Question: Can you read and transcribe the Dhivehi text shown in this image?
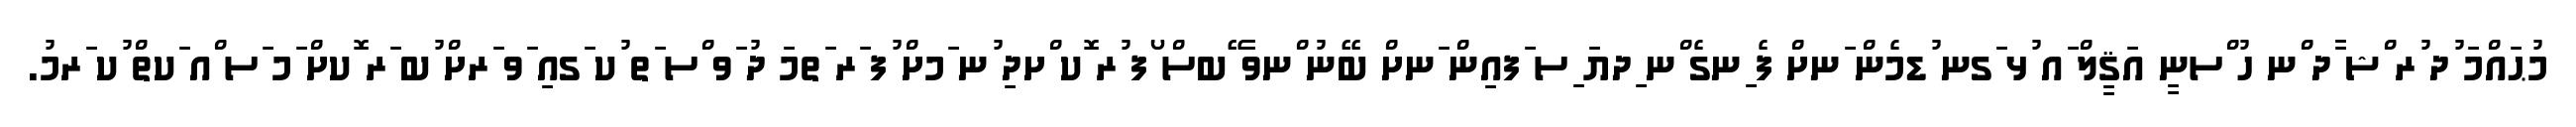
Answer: މުޙައްމަ ުދ ުރ ްޝ ާދ ްނ ހު ްސނީ އަޤީލް ައ ުޅ ަގނ ުޑމެން ަނށް ފެ ިނގެ ްނ ިދޔަ ިސ ަފއިން ަނށް ބޭނު ްނވާ ޭބސް ޯފ ުރ ޮކ ްށދި ުނ ަމށް ުފ ަރ ަތމަ ދު ަވ ްސ ަތ ުކ ަގއި ަވ ަރށް ުބ ަރ ޮކށް ަމ ަސ ްއ ަކތް ުކ ަރމު.